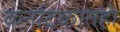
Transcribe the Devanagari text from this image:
कर्नाटकातही